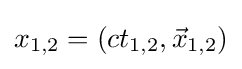
x_{1,2}=(ct_{1,2},{\vec {x}}_{1,2})